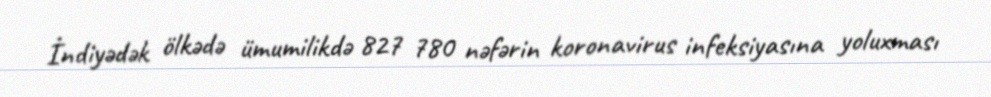
İndiyədək ölkədə ümumilikdə 827 780 nəfərin koronavirus infeksiyasına yoluxması